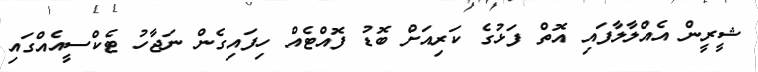
ޝީރީން އެއްލާލާފައި އޮތް ފަޅުގެ ކަރިއަށް ބޮޑު ފޮއްޓެއް ހިފައިގެން ނަޖާހު ޓެކްސީއެއްގައި